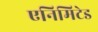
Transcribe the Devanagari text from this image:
एनिमिटेड